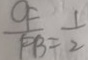
\frac { O F } { F B } = \frac { 1 } { 2 }